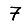
Digit: 7